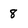
Character: 8